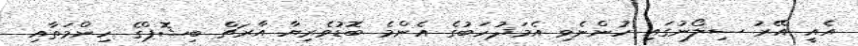
އެއީ އޭރު ސިލޯނުގައި ހުންނެވި އެމަޛުހަބުގެ އެންމެ ބޮޑުވެރިޔާ އާރޗް ބިޝޮޕްގެ ހިންމަތާއި